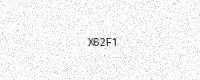
Text: X62F1